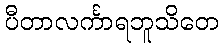
ပီတာလင်္ကာရဘူသိတေ